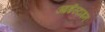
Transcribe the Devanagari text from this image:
आईस्टाइन